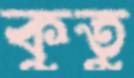
কুতু